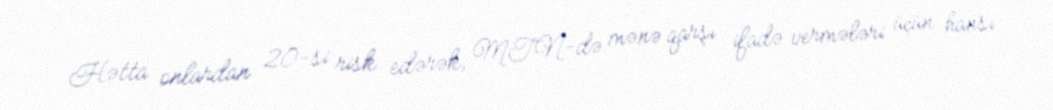
Hətta onlardan 20-si risk edərək, MTN-də mənə qarşı ifadə vermələri üçün hansı